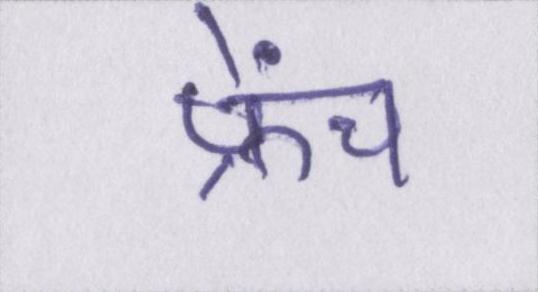
फ्रेंच